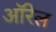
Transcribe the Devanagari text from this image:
ऑरेल